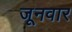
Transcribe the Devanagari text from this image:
जूनवार